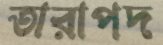
তারাপদ